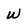
Character: W